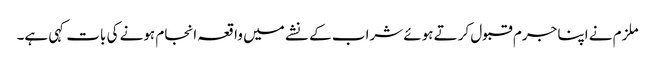
ملزم نے اپنا جرم قبول کرتے ہوئے شراب کے نشے میں واقعہ انجام ہونے کی بات کہی ہے۔